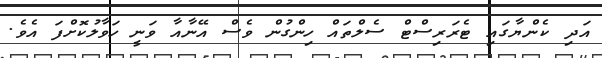
އަދި ކެންޔާގައި ޓެރަރިސްޓް ސެލްތައް ހިންގުން ވެސް އޭނާއާ ވަނީ ހަވާލުކޮށްފަ އެވެ.